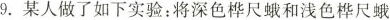
9.某人做了如下实验：将深色桦尺蛾和浅色桦尺蛾